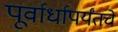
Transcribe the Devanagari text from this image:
पूर्वार्धापर्यंतचे